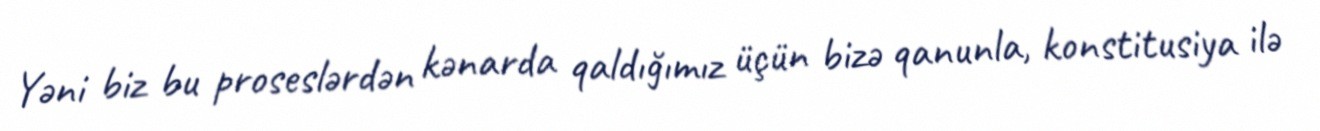
Yəni biz bu proseslərdən kənarda qaldığımız üçün bizə qanunla, konstitusiya ilə